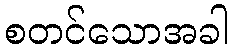
စတင်သောအခါ